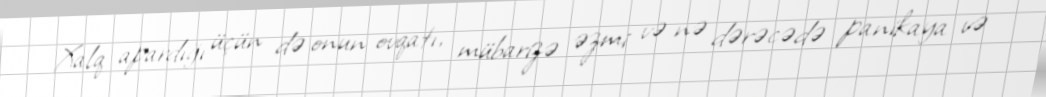
Xalq apardığı üçün də onun ovqatı, mübarizə əzmi və nə dərəcədə panikaya və